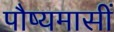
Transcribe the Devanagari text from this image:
पौष्यमासीं